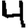
Digit: 4